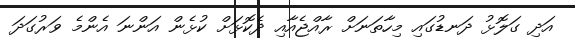
އަދި ގަލޮޅު ދަނޑުގައި މިހާތަނަށް ރާއްޖެއާއި ދެކޮޅަށް ކުޅެން އަންނަ އެންމެ ވަރުގަދަ